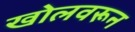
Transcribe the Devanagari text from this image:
खोलवरून